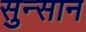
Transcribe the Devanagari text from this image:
सुन्सान